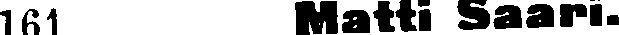
161 Matti Saari.